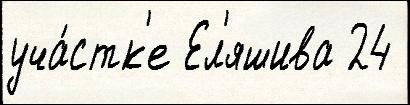
уча́стк'е Ел'яшива 24